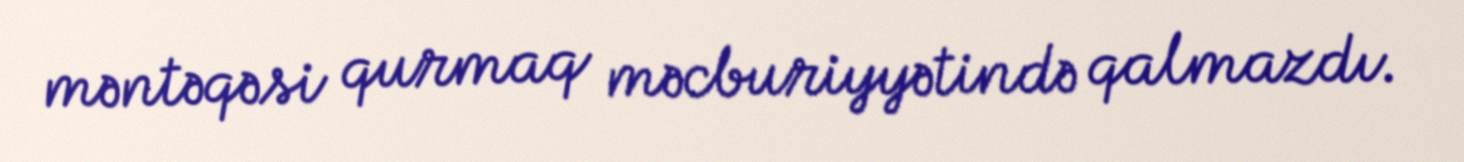
məntəqəsi qurmaq məcburiyyətində qalmazdı.